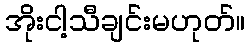
အိုးငါ့သီချင်းမဟုတ်။